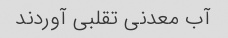
آب معدنی تقلبی آوردند